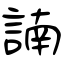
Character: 諵